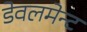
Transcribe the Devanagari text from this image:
डेवलमेन्ट